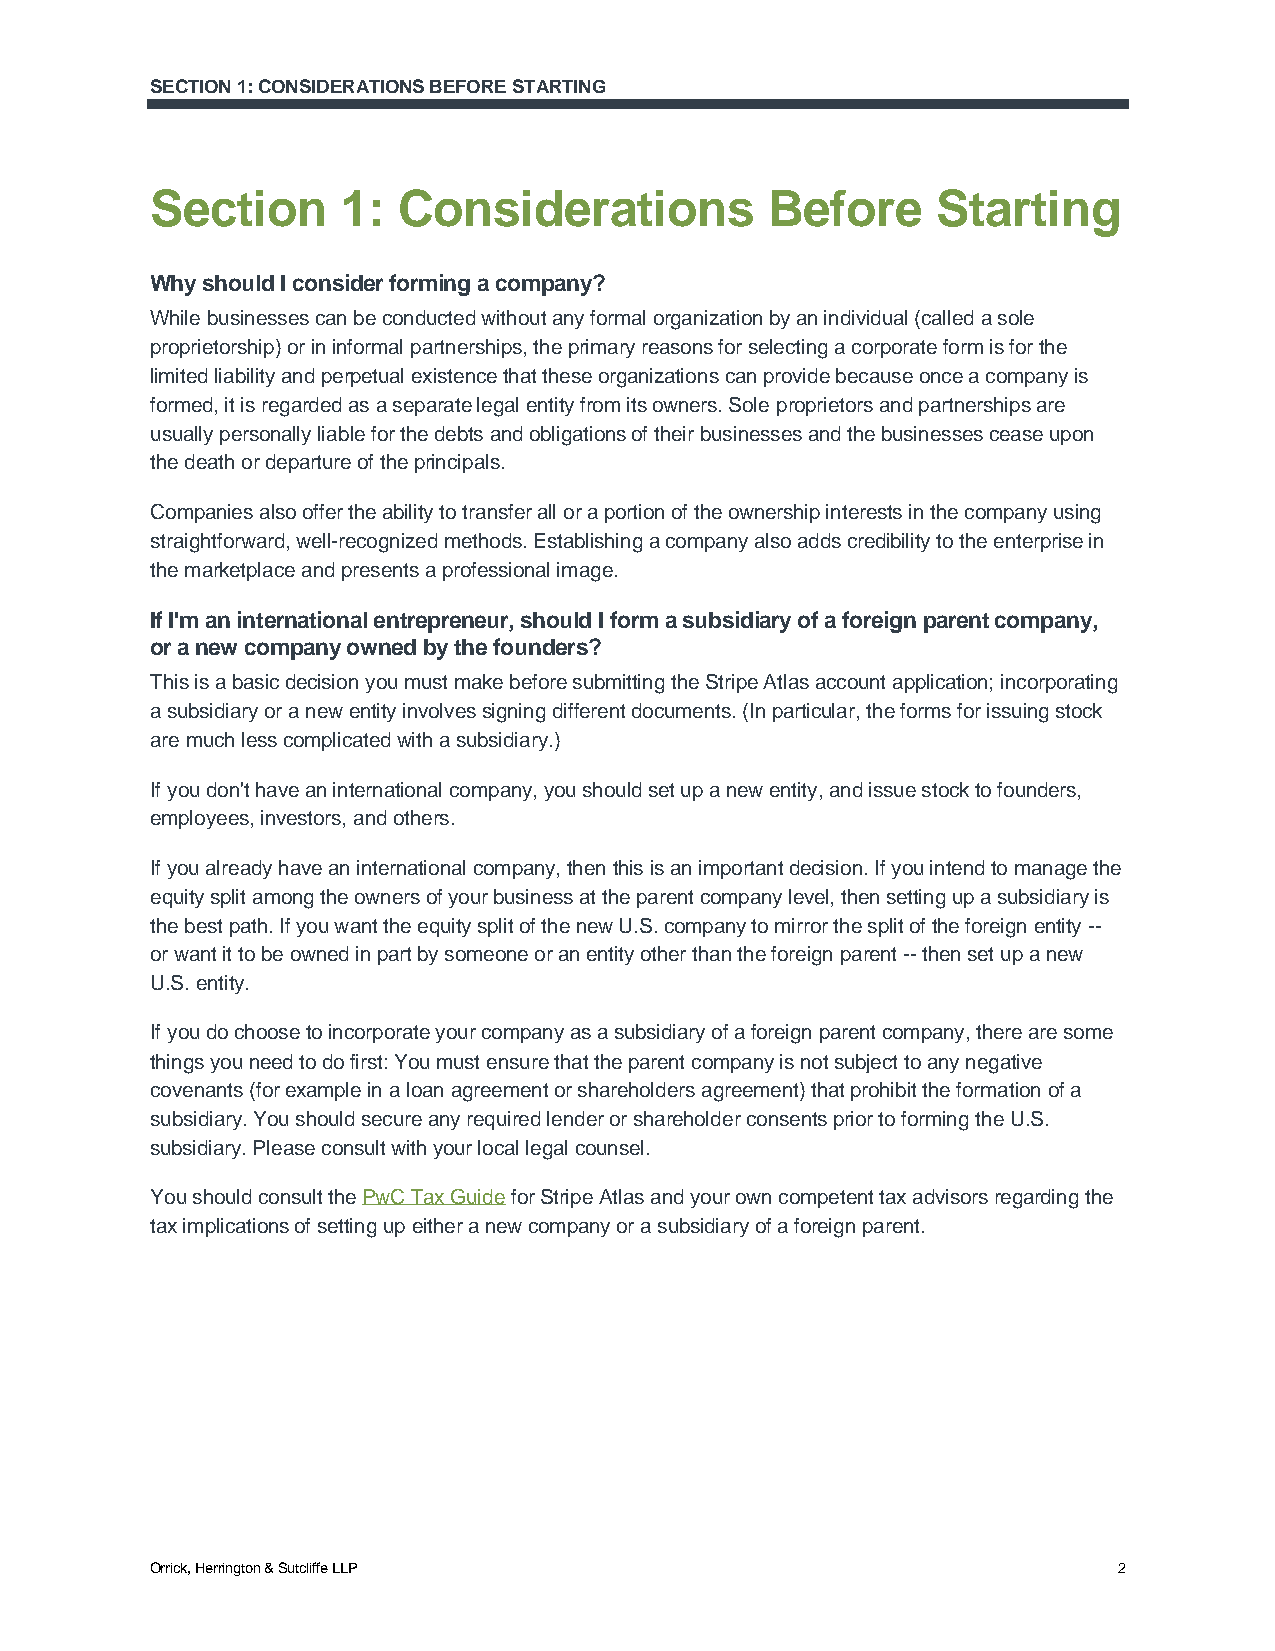
SECTION 1: CONSIDERATIONS BEFORE STARTING
 Section      1: Considerations           Before     Starting
 Why should I consider forming a company?
 While businesses can be conducted without any formal organization by an individual (called a sole
 proprietorship) or in informal partnerships, the primary reasons for selecting a corporate form is for the
 limited liability and perpetual existence that these organizations can provide because once a company is
 formed, it is regarded as a separate legal entity from its owners. Sole proprietors and partnerships are
 usually personally liable for the debts and obligations of their businesses and the businesses cease upon
 the death or departure of the principals.
 Companies also offer the ability to transfer all or a portion of the ownership interests in the company using
 straightforward, well-recognized methods. Establishing a company also adds credibility to the enterprise in
 the marketplace and presents a professional image.
 If I'm an international entrepreneur, should I form a subsidiary of a foreign parent company,
 or a new company owned by the founders?
 This is a basic decision you must make before submitting the Stripe Atlas account application; incorporating
 a subsidiary or a new entity involves signing different documents. (In particular, the forms for issuing stock
 are much less complicated with a subsidiary.)
 If you don't have an international company, you should set up a new entity, and issue stock to founders,
 employees, investors, and others.
 If you already have an international company, then this is an important decision. If you intend to manage the
 equity split among the owners of your business at the parent company level, then setting up a subsidiary is
 the best path. If you want the equity split of the new U.S. company to mirror the split of the foreign entity --
 or want it to be owned in part by someone or an entity other than the foreign parent -- then set up a new
 U.S. entity.
 If you do choose to incorporate your company as a subsidiary of a foreign parent company, there are some
 things you need to do first: You must ensure that the parent company is not subject to any negative
 covenants (for example in a loan agreement or shareholders agreement) that prohibit the formation of a
 subsidiary. You should secure any required lender or shareholder consents prior to forming the U.S.
 subsidiary. Please consult with your local legal counsel.
 You should consult the PwC Tax Guide for Stripe Atlas and your own competent tax advisors regarding the
 tax implications of setting up either a new company or a subsidiary of a foreign parent.
 Orrick, Herrington & Sutcliffe LLP                              2